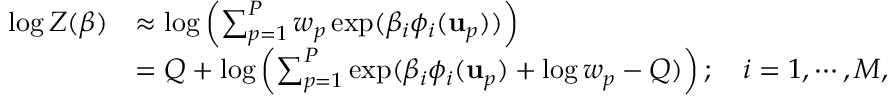
\begin{array} { r l } { \log Z ( \boldsymbol { \beta } ) } & { \approx \log \left( \sum _ { p = 1 } ^ { P } w _ { p } \exp ( \beta _ { i } \phi _ { i } ( \mathbf { u } _ { p } ) ) \right) } \\ & { = Q + \log \left( \sum _ { p = 1 } ^ { P } \exp ( \beta _ { i } \phi _ { i } ( \mathbf { u } _ { p } ) + \log w _ { p } - Q ) \right) ; \quad i = 1 , \cdots , M , } \end{array}